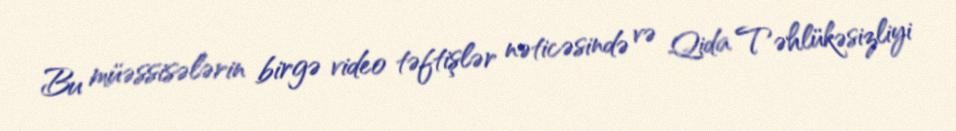
Bu müəssisələrin birgə video təftişlər nəticəsində və Qida Təhlükəsizliyi